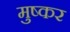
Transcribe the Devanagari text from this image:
मुष्कर